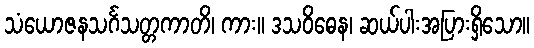
သံယောဇနသင်္ဂသတ္တကာတိ၊ ကား။ ဒသဝိဓေန၊ ဆယ်ပါးအပြားရှိသော။